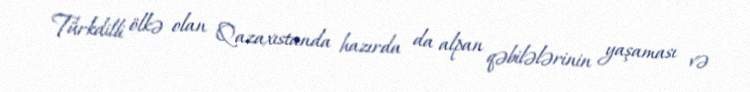
Türkdilli ölkə olan Qazaxıstanda hazırda da alpan qəbilələrinin yaşaması və